Trukikaitis_Postimees, lk 128
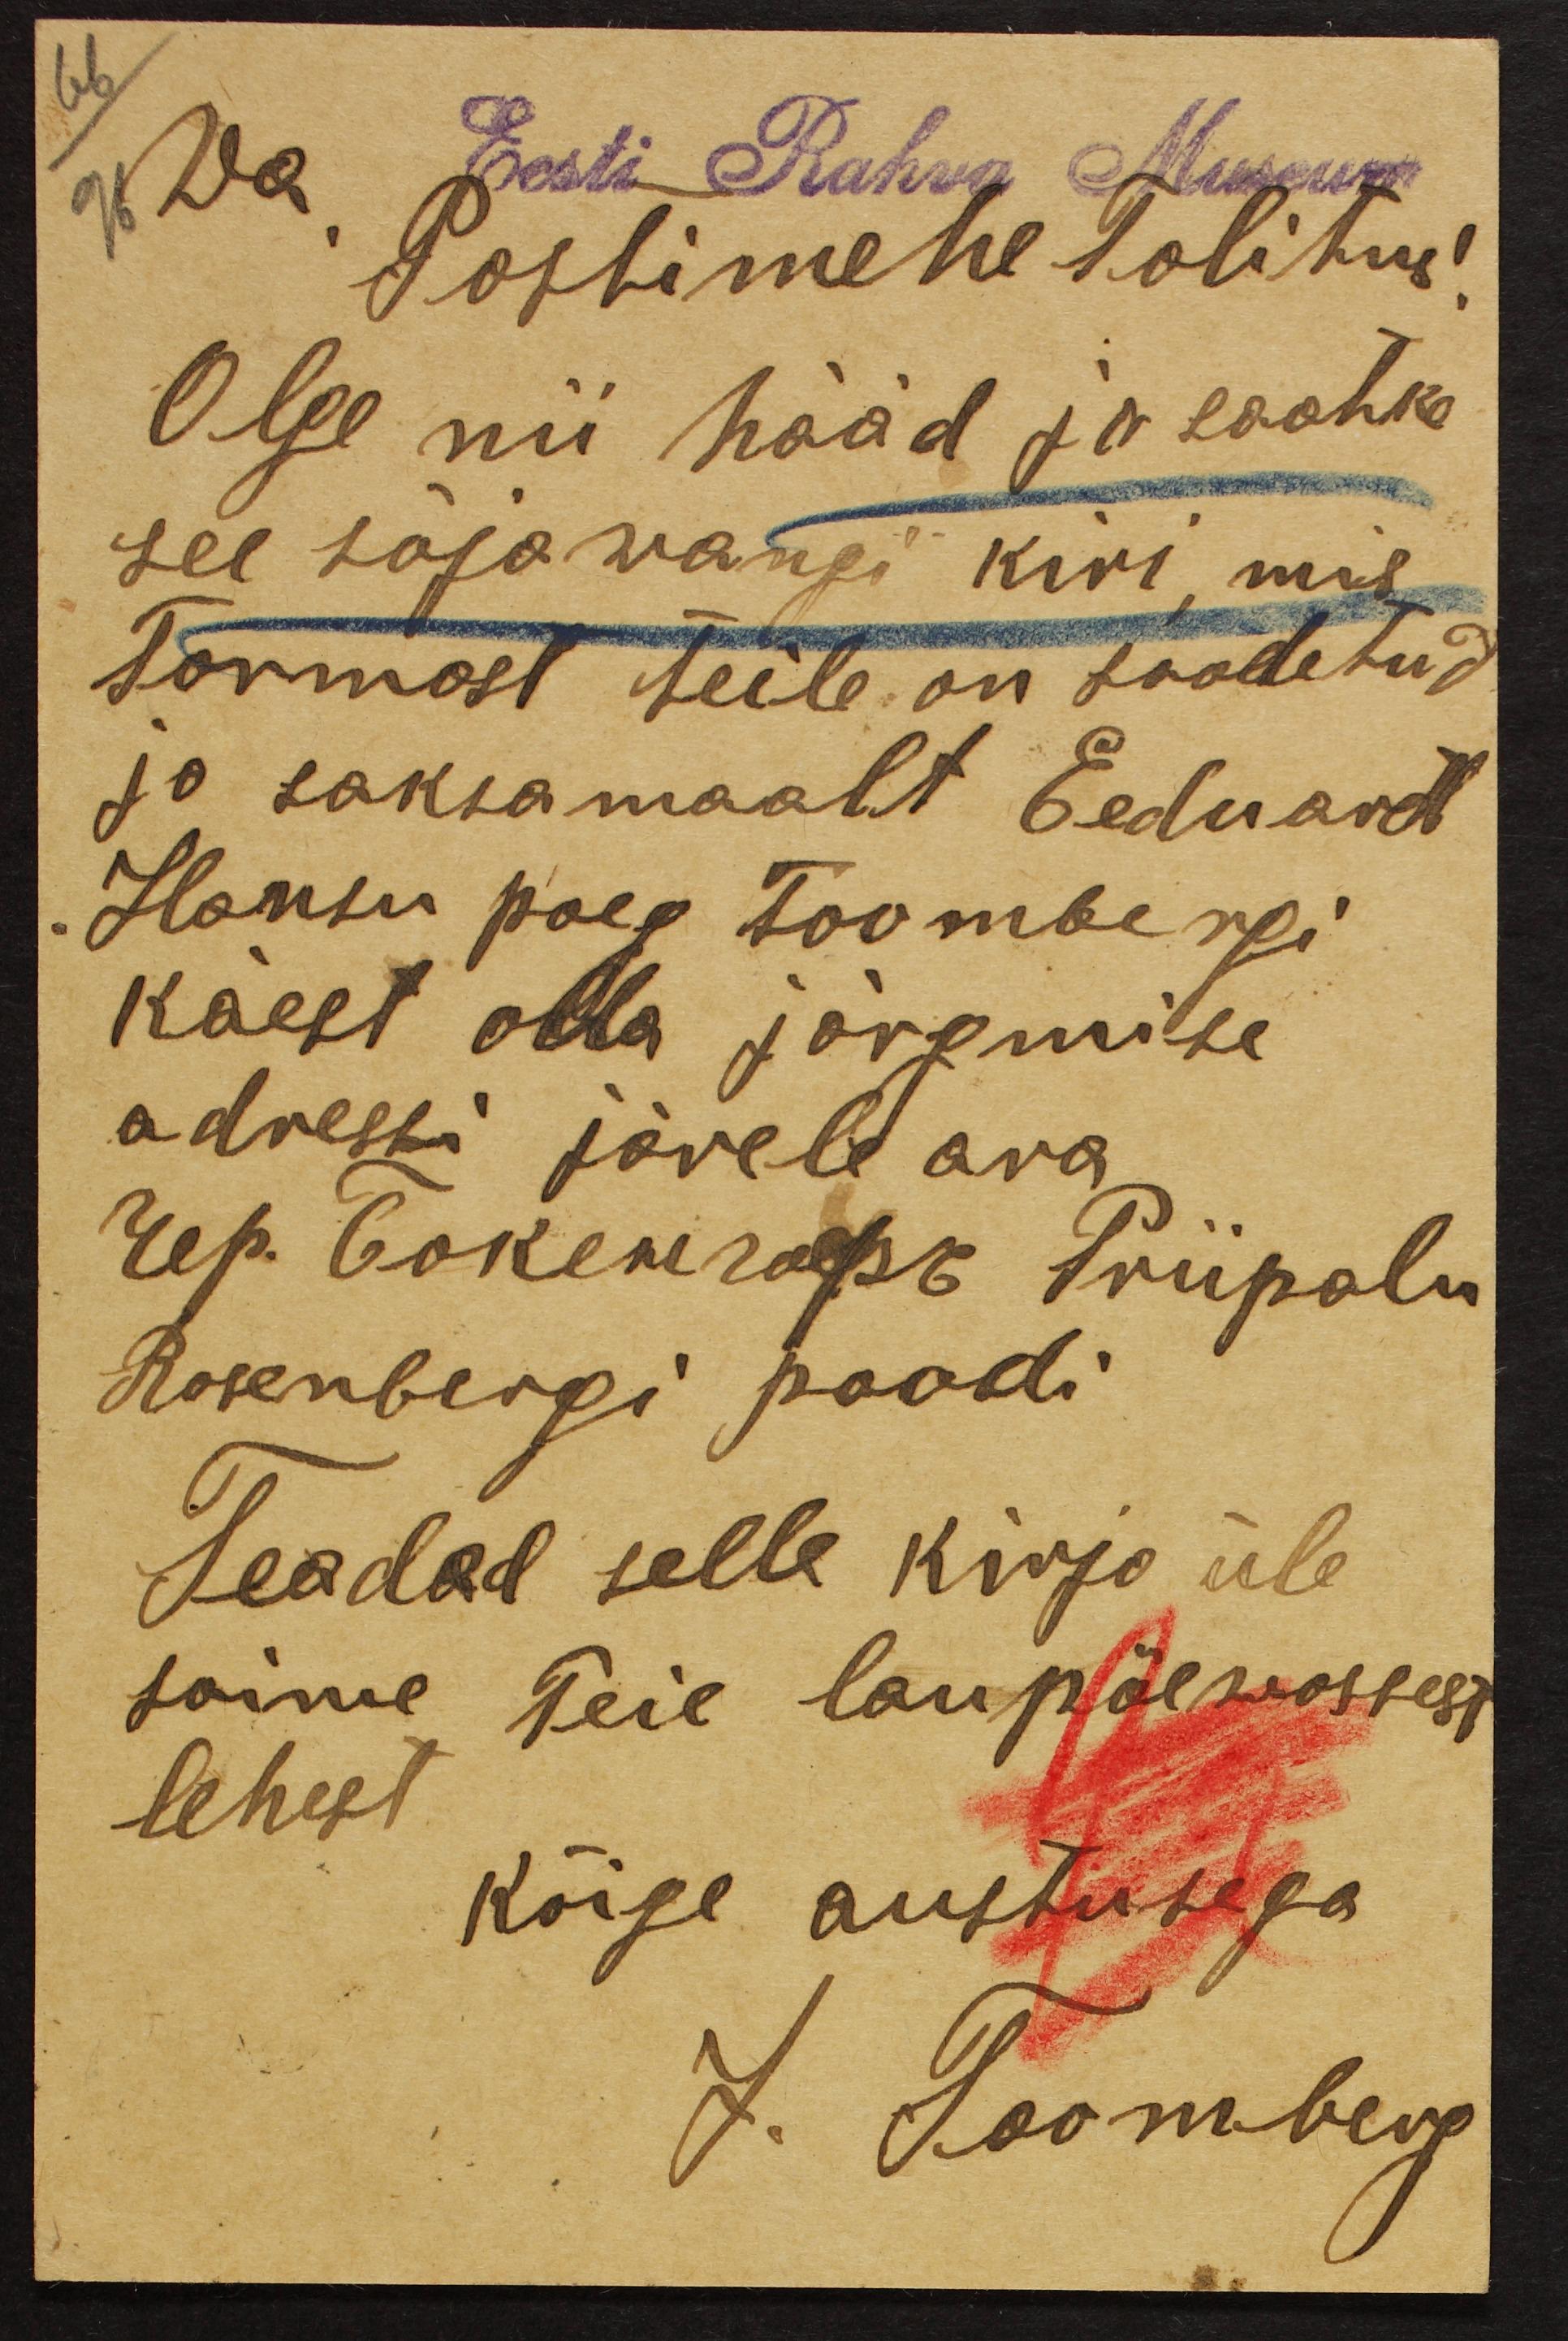
66
96
Wa Eesti Rahva Museum
Postimehe talitus!
Olge nii hääd ja saatke
see sõjawangi kiri, mis
Tormost teile on saadetud
ja saksamaalt Eeduard
Hansu poeg Toombergi
käest olla järgmise
adressi järele ära
Рriipalu
Rosenbergi poodi
Teaded selle kirja üle
saime Teie laupäewassest
lehest
kõige austusega
J. Toomberg